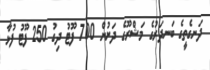
ދަނގެތީގެ ބަނދަރުގެ މަޝްރޫގެ ދަށުން 700 ފޫޓު ދިގު 250 ފޫޓު ފުޅާ